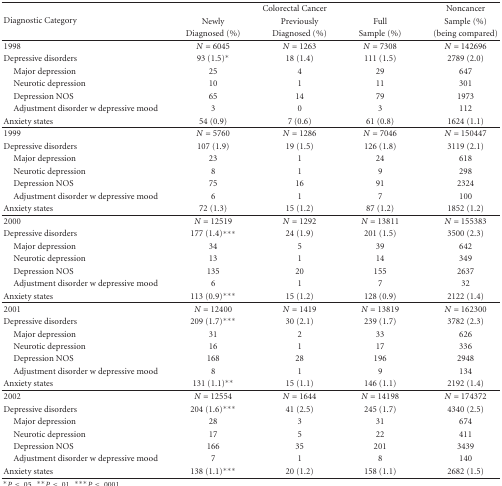
<table><thead><tr><td rowspan="3"><b>Diagnostic Category</b></td><td colspan="3"><b>Colorectal Cancer</b></td><td><b>Noncancer</b></td></tr><tr><td><b>Newly</b></td><td><b>Previously</b></td><td><b>Full</b></td><td><b>Sample (%)</b></td></tr><tr><td><b>Diagnosed (%)</b></td><td><b>Diagnosed (%)</b></td><td><b>Sample (%)</b></td><td><b>(being compared) </b></td></tr></thead><tbody><tr><td>1998</td><td><i>N</i> = 6045</td><td><i>N</i> = 1263</td><td><i>N</i> = 7308</td><td><i>N</i> = 142696</td></tr><tr><td>Depressive disorders</td><td>93 (1.5)*</td><td>18 (1.4)</td><td>111 (1.5)</td><td>2789 (2.0)</td></tr><tr><td> Major depression</td><td>25</td><td>4</td><td>29</td><td>647</td></tr><tr><td> Neurotic depression</td><td>10</td><td>1</td><td>11</td><td>301</td></tr><tr><td> Depression NOS</td><td>65</td><td>14</td><td>79</td><td>1973</td></tr><tr><td> Adjustment disorder w depressive mood</td><td>3</td><td>0</td><td>3</td><td>112</td></tr><tr><td>Anxiety states</td><td>54 (0.9)</td><td>7 (0.6)</td><td>61 (0.8)</td><td>1624 (1.1) </td></tr><tr><td>1999</td><td><i>N</i> = 5760</td><td><i>N</i> = 1286</td><td><i>N</i> = 7046</td><td><i>N</i> = 150447</td></tr><tr><td>Depressive disorders</td><td>107 (1.9)</td><td>19 (1.5)</td><td>126 (1.8)</td><td>3119 (2.1)</td></tr><tr><td> Major depression</td><td>23</td><td>1</td><td>24</td><td>618</td></tr><tr><td> Neurotic depression</td><td>8</td><td>1</td><td>9</td><td>298</td></tr><tr><td> Depression NOS</td><td>75</td><td>16</td><td>91</td><td>2324</td></tr><tr><td> Adjustment disorder w depressive mood</td><td>6</td><td>1</td><td>7</td><td>100</td></tr><tr><td>Anxiety states</td><td>72 (1.3)</td><td>15 (1.2)</td><td>87 (1.2)</td><td>1852 (1.2) </td></tr><tr><td>2000</td><td><i>N</i> = 12519</td><td><i>N</i> = 1292</td><td><i>N</i> = 13811</td><td><i>N</i> = 155383</td></tr><tr><td>Depressive disorders</td><td>177 (1.4)***</td><td>24 (1.9)</td><td>201 (1.5)</td><td>3500 (2.3)</td></tr><tr><td> Major depression</td><td>34</td><td>5</td><td>39</td><td>642</td></tr><tr><td> Neurotic depression</td><td>13</td><td>1</td><td>14</td><td>349</td></tr><tr><td> Depression NOS</td><td>135</td><td>20</td><td>155</td><td>2637</td></tr><tr><td> Adjustment disorder w depressive mood</td><td>6</td><td>1</td><td>7</td><td>32</td></tr><tr><td>Anxiety states</td><td>113 (0.9)***</td><td>15 (1.2)</td><td>128 (0.9)</td><td>2122 (1.4) </td></tr><tr><td>2001</td><td><i>N</i> = 12400</td><td><i>N</i> = 1419</td><td><i>N</i> = 13819</td><td><i>N</i> = 162300</td></tr><tr><td>Depressive disorders</td><td>209 (1.7)***</td><td>30 (2.1)</td><td>239 (1.7)</td><td>3782 (2.3)</td></tr><tr><td> Major depression</td><td>31</td><td>2</td><td>33</td><td>626</td></tr><tr><td> Neurotic depression</td><td>16</td><td>1</td><td>17</td><td>336</td></tr><tr><td> Depression NOS</td><td>168</td><td>28</td><td>196</td><td>2948</td></tr><tr><td> Adjustment disorder w depressive mood</td><td>8</td><td>1</td><td>9</td><td>134</td></tr><tr><td>Anxiety states</td><td>131 (1.1)**</td><td>15 (1.1)</td><td>146 (1.1)</td><td>2192 (1.4) </td></tr><tr><td>2002</td><td><i>N</i> = 12554</td><td><i>N</i> = 1644</td><td><i>N</i> = 14198</td><td><i>N</i> = 174372</td></tr><tr><td>Depressive disorders</td><td>204 (1.6)***</td><td>41 (2.5)</td><td>245 (1.7)</td><td>4340 (2.5)</td></tr><tr><td> Major depression</td><td>28</td><td>3</td><td>31</td><td>674</td></tr><tr><td> Neurotic depression</td><td>17</td><td>5</td><td>22</td><td>411</td></tr><tr><td> Depression NOS</td><td>166</td><td>35</td><td>201</td><td>3439</td></tr><tr><td> Adjustment disorder w depressive mood</td><td>7</td><td>1</td><td>8</td><td>140</td></tr><tr><td>Anxiety states</td><td>138 (1.1)***</td><td>20 (1.2)</td><td>158 (1.1)</td><td>2682 (1.5)</td></tr></tbody></table>